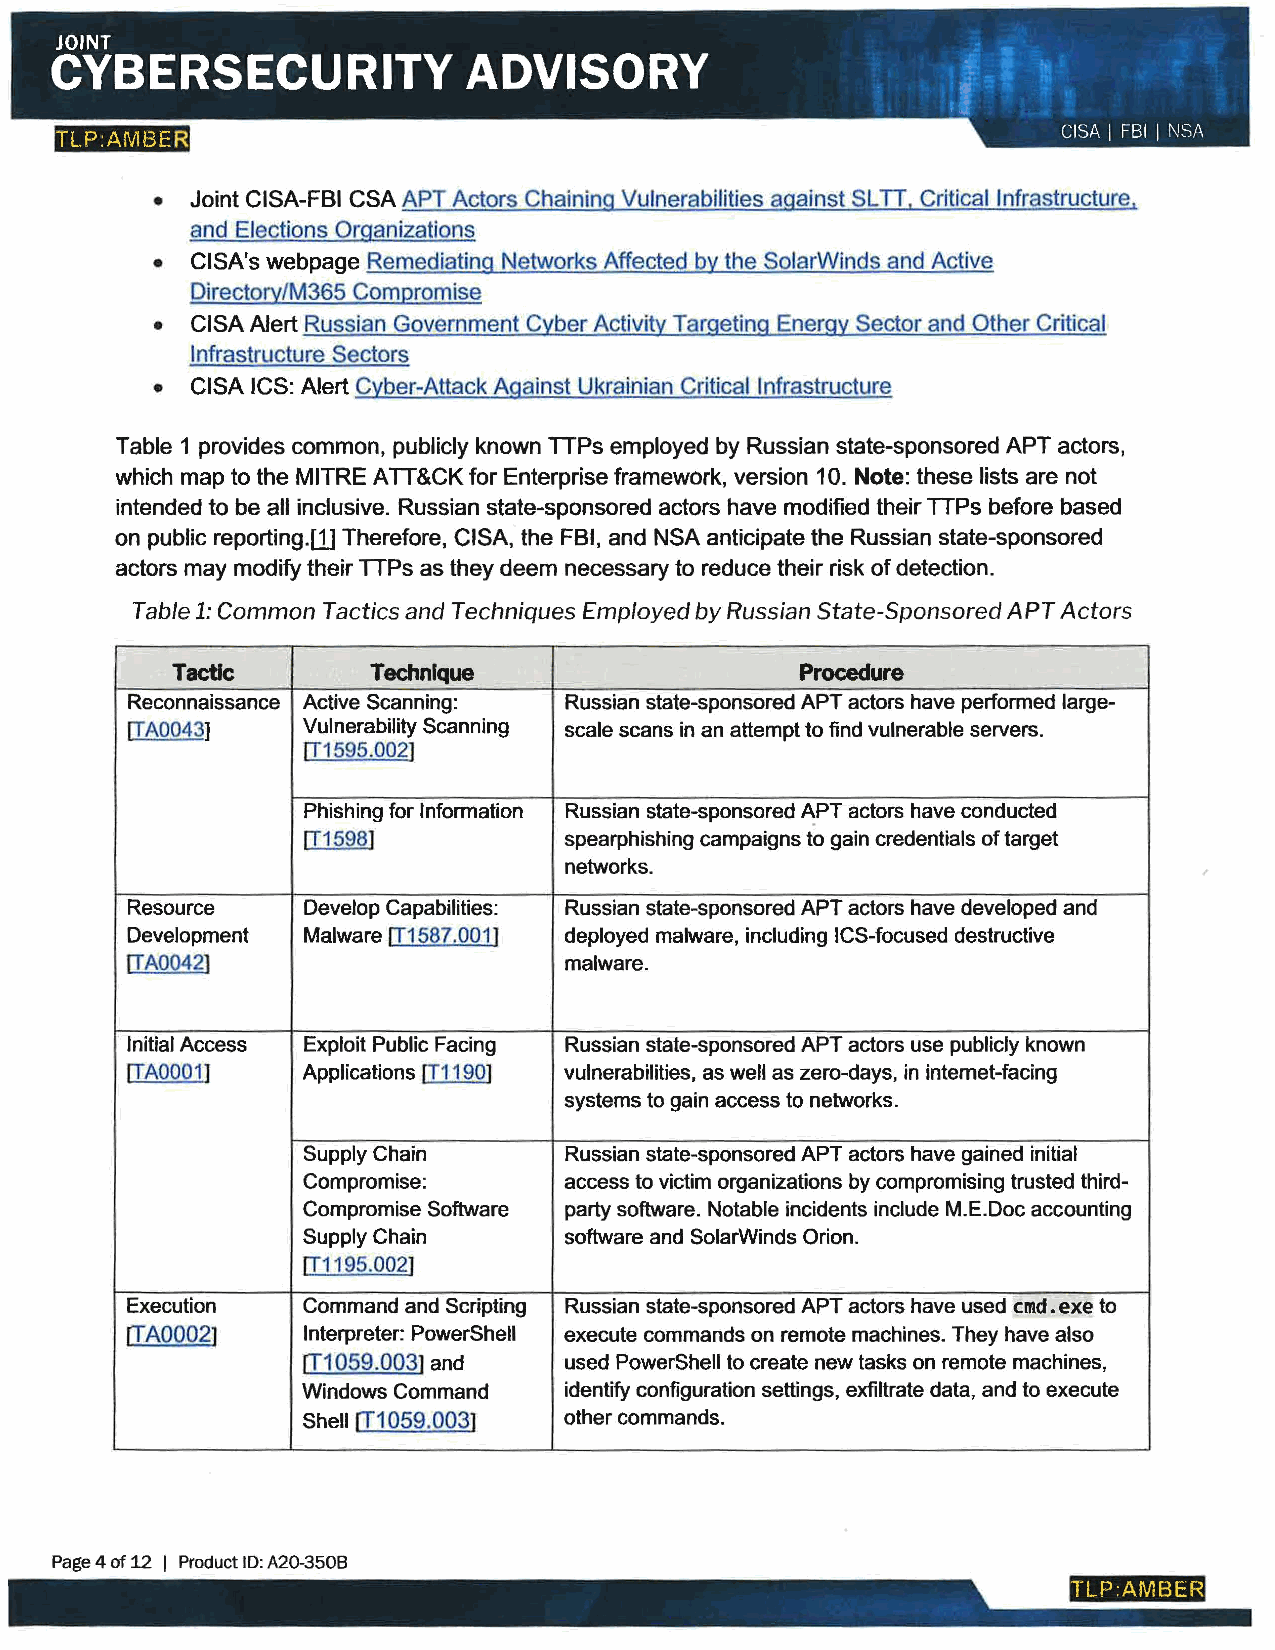
TLP:AMBER
 • Joint CISA-FBI CSA APT Actors Chaining Vulnerabilities against SLT I. Critical Infrastructure,
 and Elections Organizations
 • CISA's webpage Remediatinq Networks Affected by the SolarWinds and Active
 Directorv/M365 Compromise
 • CISA Alert Russian Government Cyber Activity Targeting Energy Sector and Other Critical
 Infrastructure Sectors
 • CISA ICS: Alert Cyber-Attack Against Ukrainian Critical Infrastructure
 Table 1 provides common, publicly known lTPs employed by Russian state-sponsored APT actors,
 which map to the MITRE AlT&CK for Enterprise framework, version 10. Note: these lists are not
 intended to be all inclusive. Russian state-sponsored actors have modified their lTPs before based
 on public reporting.W Therefore, CISA, the FBI, and NSA anticipate the Russian state-sponsored
 actors may modify their TTPs as they deem necessary to reduce their risk of detection.
 Table 1: Common Tactics and Techniques Employed by Russian State-Sponsored APT Actors
 Tactic       Technique                    Procedure
 Reconnaissance Active Scanning: Russian state-sponsored APT actors have performed large-
 [TA0043]    Vulnerability Scanning scale scans in an attempt to find vulnerable servers.
 IT1595.002]
 Phishing for Information Russian state-sponsored APT actors have conducted
 [T1598]          spearphishing campaigns to gain credentials of target
 networks.
 Resource    Develop Capabilities: Russian state-sponsored APT actors have developed and
 Development Malware [T1587.001J deployed malware, including !CS-focused destructive
 ITA0042]                     malware.
 Initial Access Exploit Public Facing Russian state-sponsored APT actors use publicly known
 [TA0001]    Applications [T1190] vulnerabilities, as well as zero-days, in internet-facing
 systems to gain access to networks.
 Supply Chain     Russian state-sponsored APT actors have gained initial
 Compromise:      access to victim organizations by compromising trusted third-
 Compromise Software party software. Notable incidents include M.E.Doc accounting
 Supply Chain     software and SolarWinds Orion.
 IT1195.002]
 Execution   Command and Scripting Russian state-sponsored APT actors have used cmd. exe to
 ITA0002]    Interpreter: PowerShell execute commands on remote machines. They have also
 IT1059.003] and  used PowerShell to create new tasks on remote machines,
 Windows Command  identify configuration settings, exfiltrate data, and to execute
 Shell rn 059.003] other commands.
 Page 4 of 12 I Product ID: A20-3508
 TLP·AMBER